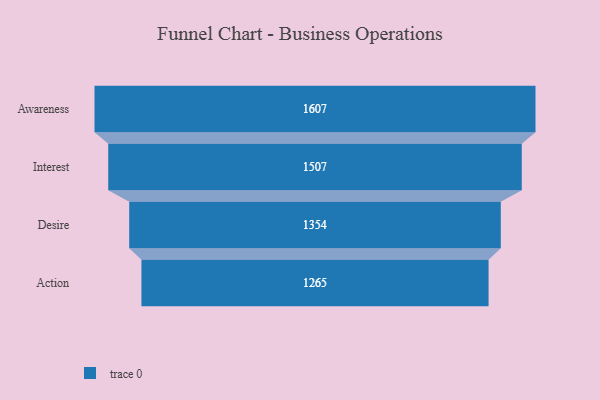
{"axis": {"x": "Stage", "y": "Value"}, "legend": [""], "data": [{"x": "Awareness", "y": 1607.0, "type": ""}, {"x": "Interest", "y": 1507.0, "type": ""}, {"x": "Desire", "y": 1354.0, "type": ""}, {"x": "Action", "y": 1265.0, "type": ""}]}